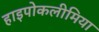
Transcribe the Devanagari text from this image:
हाइपोकलीमिया